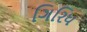
ગિરિધ